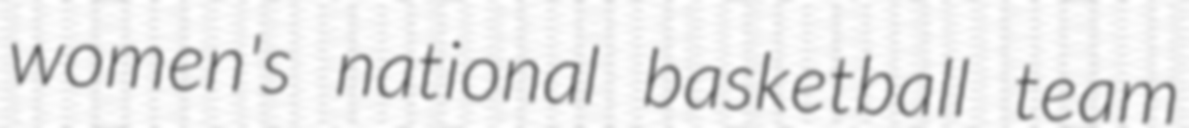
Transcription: women's national basketball team